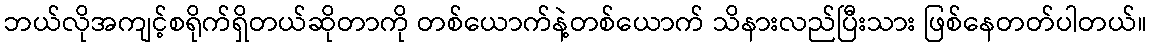
ဘယ်လိုအကျင့်စရိုက်ရှိတယ်ဆိုတာကို တစ်ယောက်နဲ့တစ်ယောက် သိနားလည်ပြီးသား ဖြစ်နေတတ်ပါတယ်။